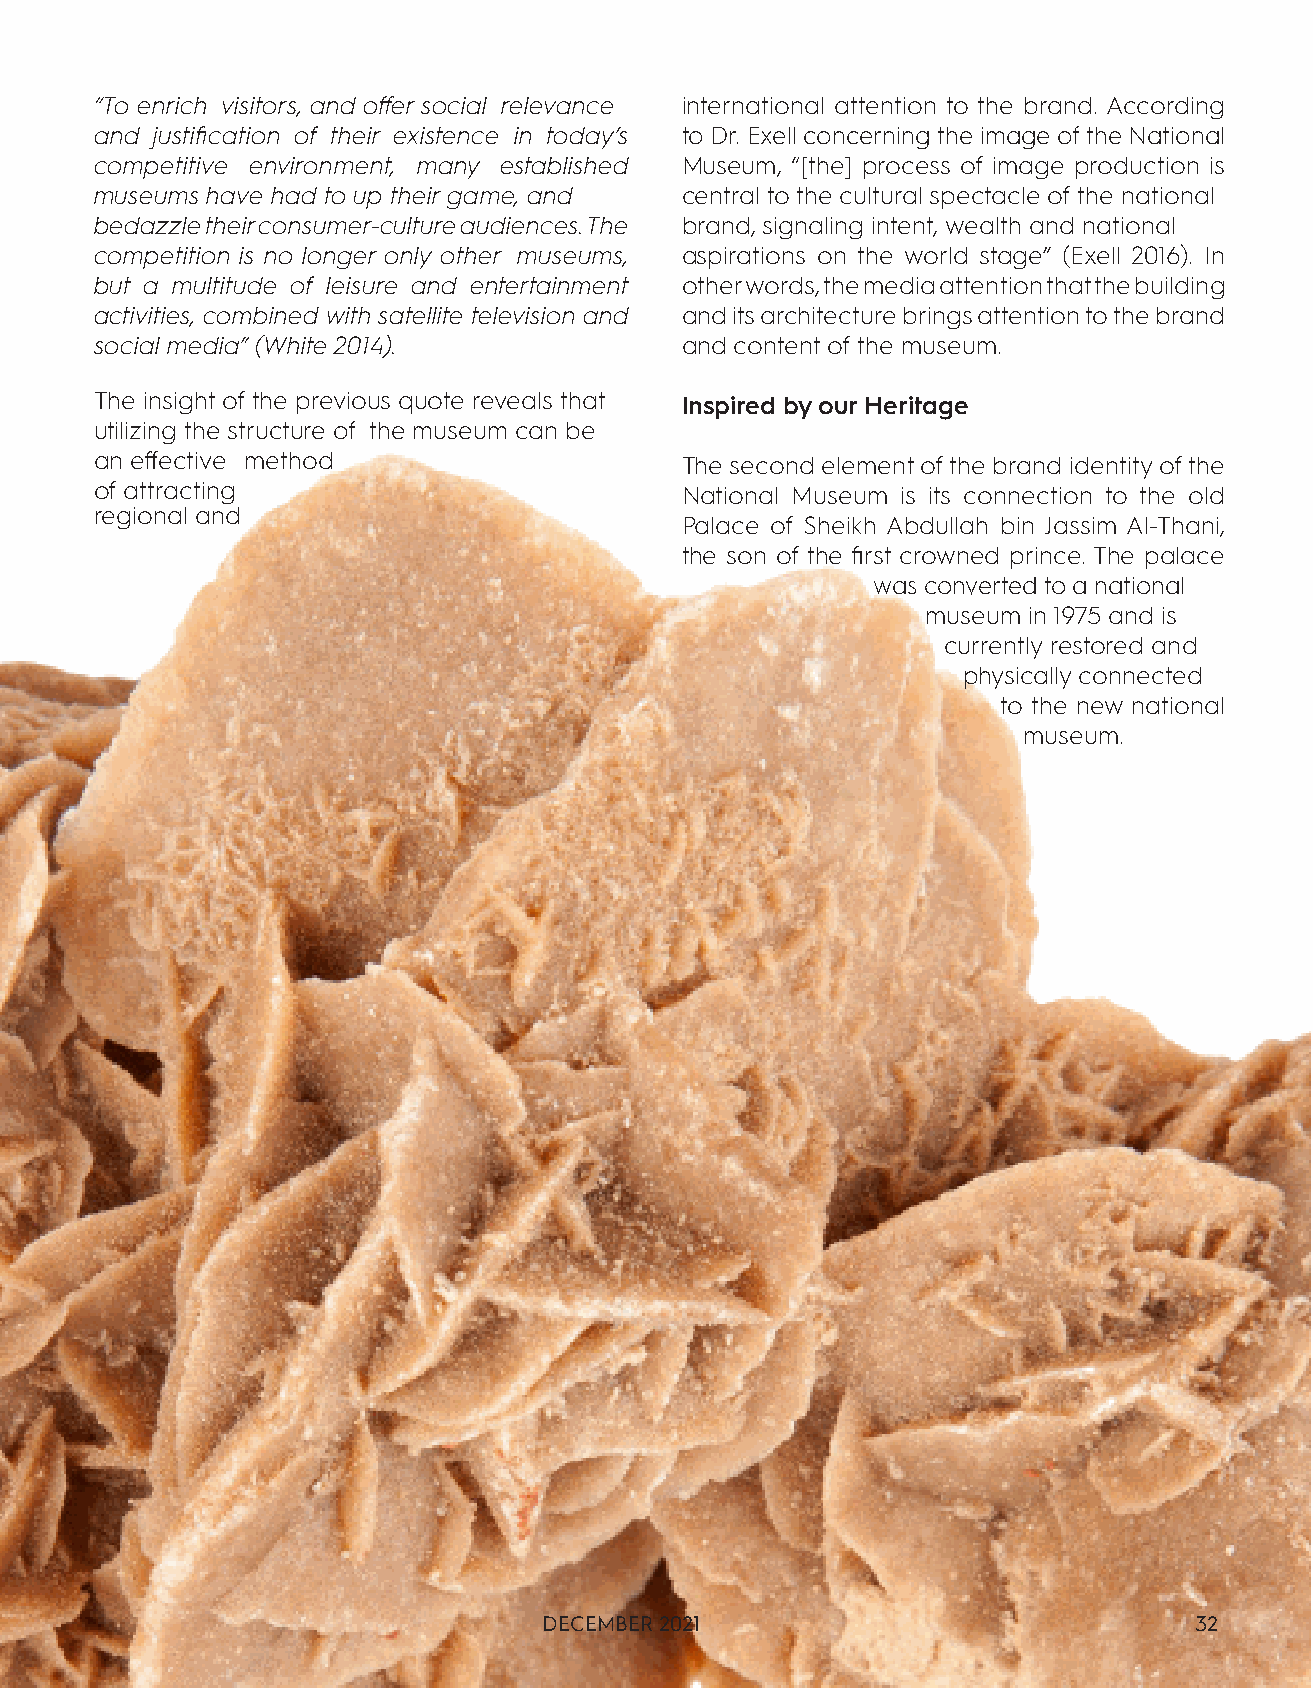
“To enrich visitors, and offer social relevance international attention to the brand. According
 and justification of their existence in today’s to Dr. Exell concerning the image of the National
 competitive environment, many established Museum, “[the] process of image production is
 museums have had to up their game, and central to the cultural spectacle of the national
 bedazzle their consumer-culture audiences. The brand, signaling intent, wealth and national
 competition is no longer only other museums, aspirations on the world stage” (Exell 2016). In
 but a multitude of leisure and entertainment other words, the media attention that the building
 activities, combined with satellite television and and its architecture brings attention to the brand
 social media” (White 2014).            and content of the museum.
 The insight of the previous quote reveals that Inspired by our Heritage
 utilizing the structure of the museum can be
 an effective method                    The second element of the brand identity of the
 of attracting                          National Museum is its connection to the old
 regional and
 Palace of Sheikh Abdullah bin Jassim Al-Thani,
 the son of the first crowned prince. The palace
 was converted to a national
 museum in 1975 and is
 currently restored and
 physically connected
 to the new national
 museum.
 DECEMBER 2021                              32